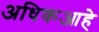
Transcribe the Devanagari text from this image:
अधिकआहे